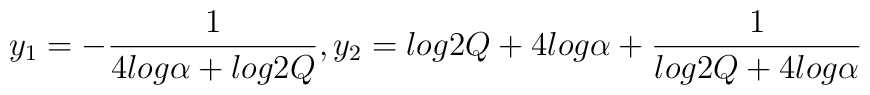
y_{1} = -\frac{1}{4log\alpha + log2Q},y_{2} = log2Q + 4log\alpha +\frac{1}{log2Q + 4log\alpha}